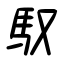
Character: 馭